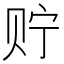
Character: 𮷍